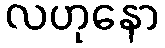
လဟုနော